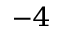
^ { - 4 }